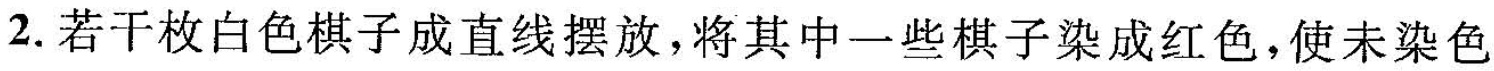
2. 若干枚白色棋子成直线摆放，将其中一些棋子染成红色，使未染色